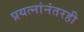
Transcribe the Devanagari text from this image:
प्रयत्नांनंतरही